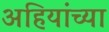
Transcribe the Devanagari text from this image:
अहियांच्या